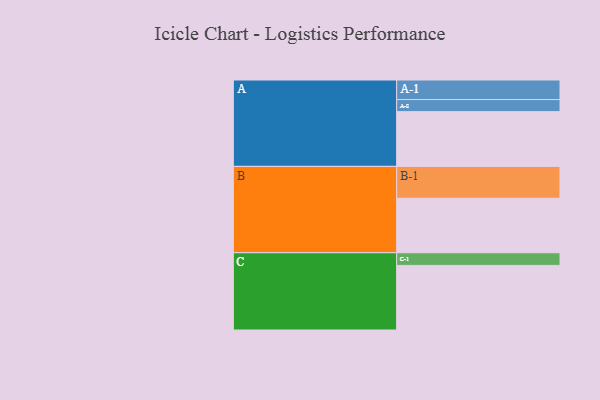
{"axis": {"x": "Segment", "y": "Value"}, "legend": ["", "A", "B", "C"], "data": [{"x": "A", "y": 467, "type": ""}, {"x": "B", "y": 465, "type": ""}, {"x": "C", "y": 551, "type": ""}, {"x": "A-1", "y": 167, "type": "A"}, {"x": "A-2", "y": 103, "type": "A"}, {"x": "B-1", "y": 272, "type": "B"}, {"x": "C-1", "y": 108, "type": "C"}]}